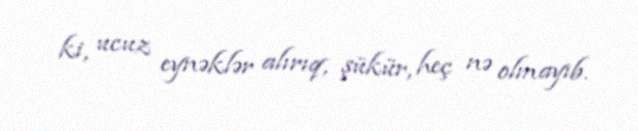
ki, ucuz eynəklər alırıq, şükür, heç nə olmayıb.